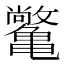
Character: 𫠝